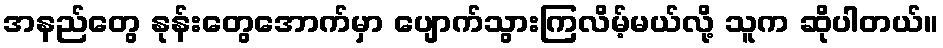
အနည်တွေ နုန်းတွေအောက်မှာ ပျောက်သွားကြလိမ့်မယ်လို့ သူက ဆိုပါတယ်။